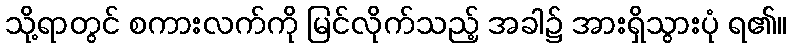
သို့ရာတွင် စကားလက်ကို မြင်လိုက်သည့် အခါ၌ အားရှိသွားပုံ ရ၏။